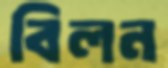
বিলন